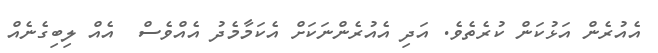
އެއުރެން އަޅުކަން ކުރެތެވެ. އަދި އެއުރެންނަކަށް އެކަމާމެދު އެއްވެސް  އެއް ލިބިގެނެއް